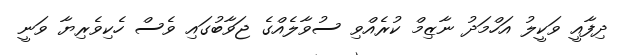
ދިފާއީ ވަކީލު އަހްމަދު ނާޒިމް ކުރެއްވި ސުވާލެއްގެ ޖަވާބުގައި ވެސް ހެކިވެރިޔާ ވަނީ